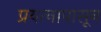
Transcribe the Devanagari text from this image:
प्रयत्‍नापासून